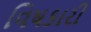
વિષકારી